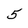
Character: 5